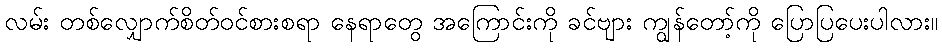
လမ်း တစ်လျှောက်စိတ်ဝင်စားစရာ နေရာတွေ အကြောင်းကို ခင်ဗျား ကျွန်တော့်ကို ပြောပြပေးပါလား။